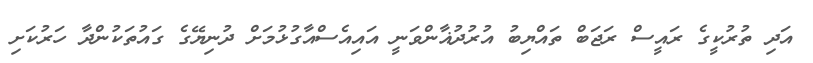
އަދި ތުރުކީގެ ރައީސް ރަޖަބް ތައްޔިބު އުރުދުޣާންވަނީ އައިއެސްއާގުޅުމަށް ދުނިޔޭގެ ގައުުތަކުންދާ ހަރުކަށި